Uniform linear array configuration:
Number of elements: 48
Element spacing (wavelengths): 1
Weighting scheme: cosine
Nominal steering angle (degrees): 0
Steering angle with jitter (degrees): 1.936
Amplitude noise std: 0.05
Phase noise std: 0.05

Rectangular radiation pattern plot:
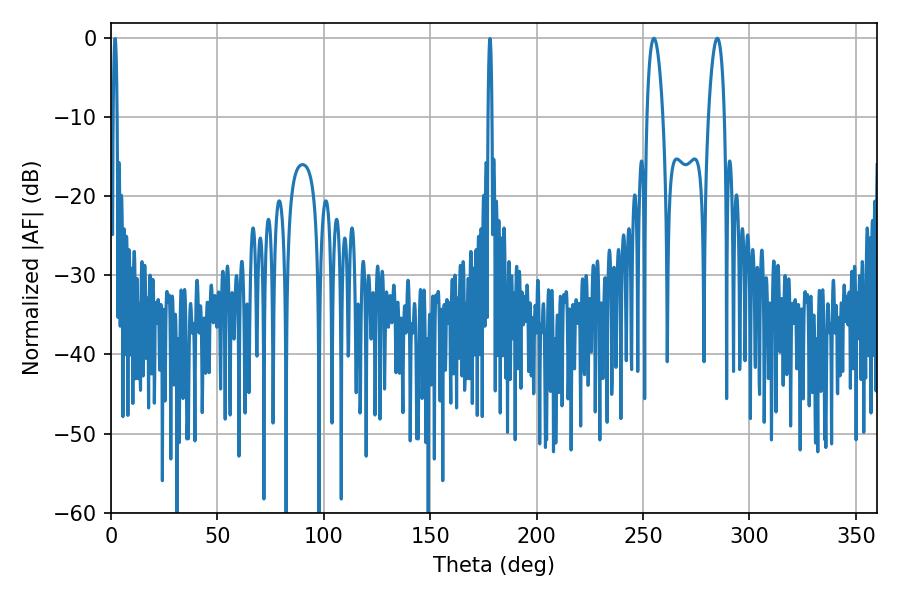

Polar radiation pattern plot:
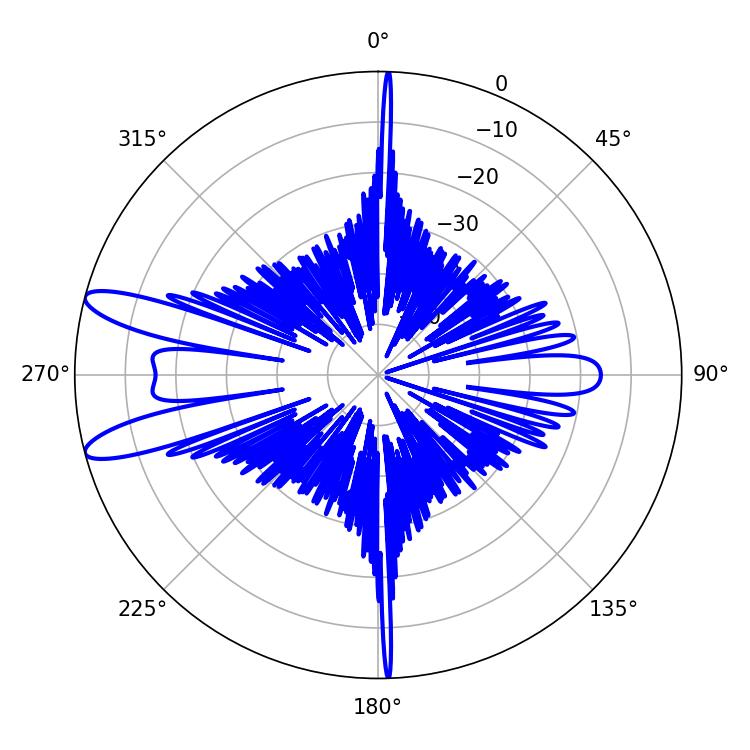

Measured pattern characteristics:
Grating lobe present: TRUE
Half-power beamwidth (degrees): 4.32
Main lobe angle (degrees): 255.06